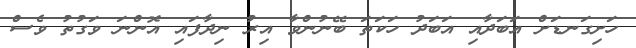
ހަށިގަނޑަށް އަބަދާއި އަބަދު ހަކަތަ ބޭނުންވާ އިރު ނިދާފައި އޮންނަ ވަގުތު ވެސް